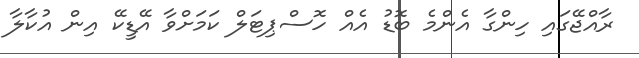
ރާއްޖޭގައި ހިންގާ އެންމެ ބޮޑު އެއް ހޮސްޕިޓަލް ކަމަށްވާ އޭޑީކޭ އިން އުކާލާ